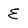
Character: E